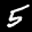
Label: 5